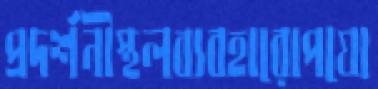
প্রদর্শনীস্থলব্যবহারোপযো